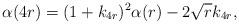
LaTeX: \begin{align*}\alpha(4r)=(1+k_{4r})^2\alpha(r)-2\sqrt{r}k_{4r}, \end{align*}